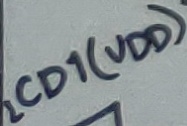
Text: LCD1(VDD)